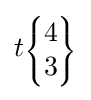
t\scriptstyle {\begin{Bmatrix}4\\3\end{Bmatrix}}